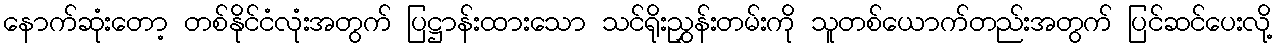
နောက်ဆုံးတော့ တစ်နိုင်ငံလုံးအတွက် ပြဋ္ဌာန်းထားသော သင်ရိုးညွှန်းတမ်းကို သူတစ်ယောက်တည်းအတွက် ပြင်ဆင်ပေးလို့